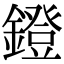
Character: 鐙